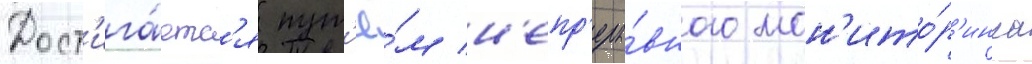
Дост'ига́етс'я пут'ё́м н'епр'еры́вного мон'ито́р'инга